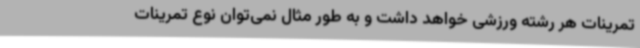
تمرینات هر رشته ورزشی خواهد داشت و به طور مثال نمی‌توان نوع تمرینات